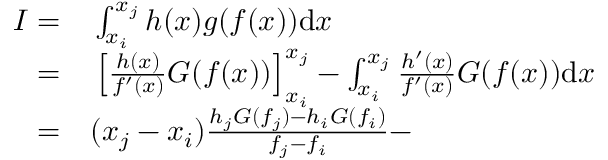
\begin{array} { r l } { I = } & { { } \int _ { x _ { i } } ^ { x _ { j } } h ( x ) g ( f ( x ) ) \mathrm { d } x } \\ { = } & { { } \left[ \frac { h ( x ) } { f ^ { \prime } ( x ) } G ( f ( x ) ) \right] _ { x _ { i } } ^ { x _ { j } } - \int _ { x _ { i } } ^ { x _ { j } } \frac { h ^ { \prime } ( x ) } { f ^ { \prime } ( x ) } G ( f ( x ) ) \mathrm { d } x } \\ { = } & { { } ( x _ { j } - x _ { i } ) \frac { h _ { j } G ( f _ { j } ) - h _ { i } G ( f _ { i } ) } { f _ { j } - f _ { i } } - } \end{array}